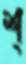
শ্